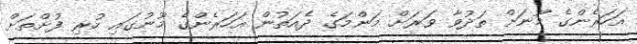
އަހަރެންގެ މޫނަށް ތަދުވާ ވަރަށް މަންމަގެ ދެއަތުން އަހަރެންގެ މޫނުގައި ހުރި ފުށްތަށް